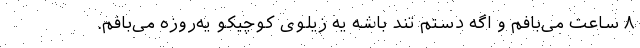
۸ ساعت می‌بافم و اگه دستم تند باشه یه زیلوی کوچیکو یه‌روزه می‌بافم.